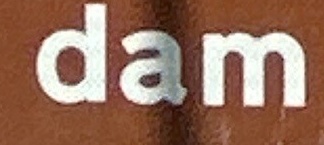
Dam